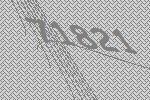
71821